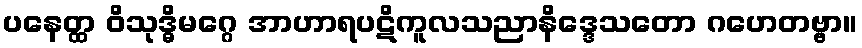
ပနေတ္ထ ဝိသုဒ္ဓိမဂ္ဂေ အာဟာရပဋိကူလသညာနိဒ္ဒေသတော ဂဟေတဗ္ဗာ။